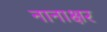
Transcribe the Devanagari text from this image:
नानाक्षर